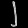
Digit: ၂